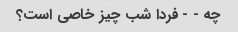
چه - - فردا شب چیز خاصی است؟